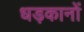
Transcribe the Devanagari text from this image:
धड़कानों